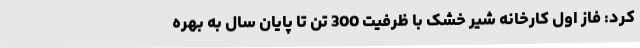
کرد: فاز اول کارخانه شیر خشک با ظرفیت 300 تن تا پایان سال به بهره